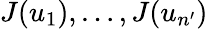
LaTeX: J(u_{1}),\ldots,J(u_{n^{\prime}})